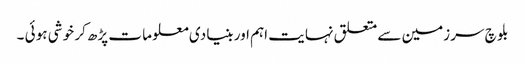
بلو چ سر زمین سے متعلق نہا یت اہم اور بنیا دی معلو ما ت پڑھ کر خو شی ہو ئی ۔